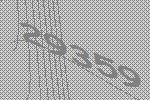
29359